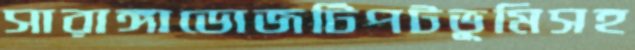
সারাঙ্গাডোজটিপটভূমিসহ